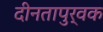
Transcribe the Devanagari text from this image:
दीनतापुर्वक